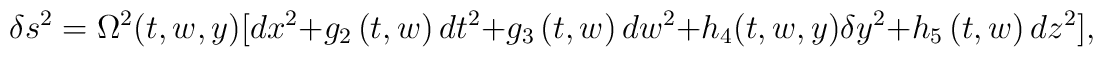
\delta s^2=\Omega ^2(t,w,y)[dx^2+g_2\left( t,w\right) dt^2+g_3\left(t,w\right) dw^2+h_4(t,w,y)\delta y^2+h_5\left( t,w\right) dz^2],